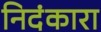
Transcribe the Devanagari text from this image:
निदंकारा